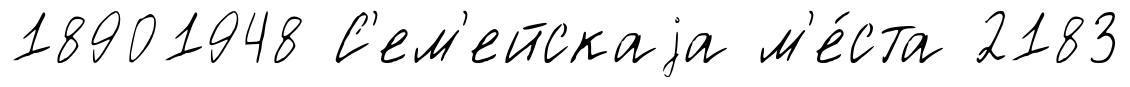
18901948 С'ем'ейскаjа м'е́ста 2183